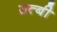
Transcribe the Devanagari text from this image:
उत्बी